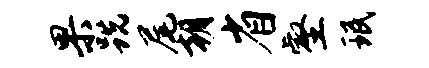
果跣尾朝省壑珉